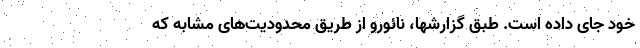
خود جای داده است. طبق گزارشها، نائورو از طریق محدودیت‌های مشابه که